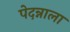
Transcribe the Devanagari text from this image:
पेदन्नाला